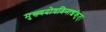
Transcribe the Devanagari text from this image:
मुख्यदोषविनाशकृत्।